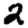
Digit: 2